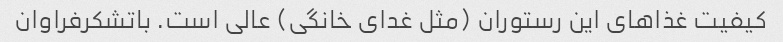
کیفیت غذاهای این رستوران (مثل غدای خانگی) عالی است. باتشکرفراوان